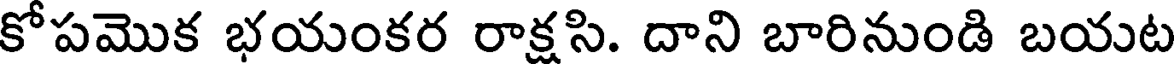
కోపమొక భయంకర రాక్షసి. దాని బారినుండి బయట